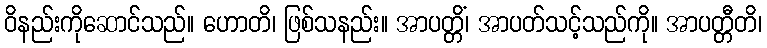
ဝိနည်းကိုဆောင်သည်။ ဟောတိ၊ ဖြစ်သနည်း။ အာပတ္တိံ၊ အာပတ်သင့်သည်ကို။ အာပတ္တီတိ၊